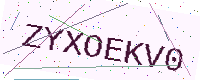
Text: ZYXOEKV0